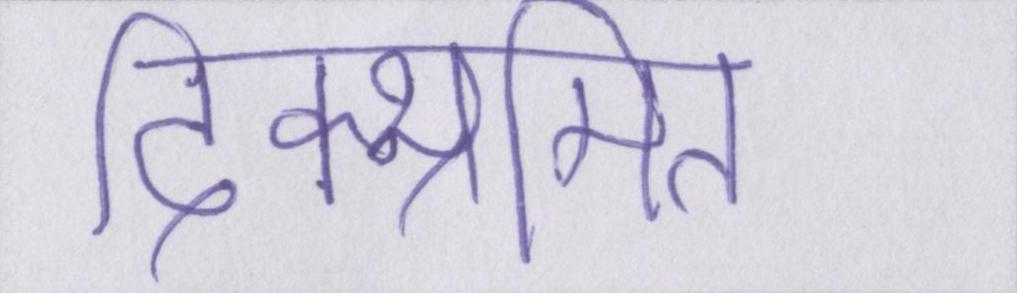
दिक्भ्रमित